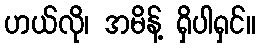
ဟယ်လို၊ အမိန့် ရှိပါရှင်။